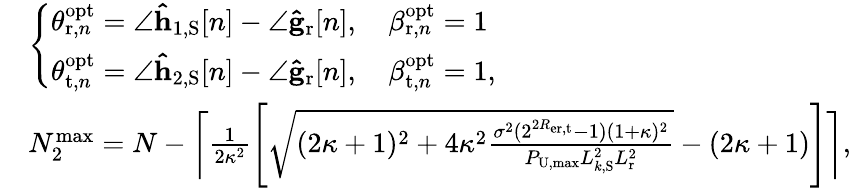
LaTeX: \begin{array}{rl}&{\left\{ \begin{array}{ll}{\theta_{\mathrm{r},n}^{\mathrm{opt}}=\angle\mathbf{\hat{h}}_{1,\mathrm{S}}[n]-\angle\mathbf{\hat{g}}_{\mathrm{r}}[n],\quad\beta_{\mathrm{r},n}^{\mathrm{opt}}=1}\\ {\theta_{\mathrm{t},n}^{\mathrm{opt}}=\angle\mathbf{\hat{h}}_{2,\mathrm{S}}[n]-\angle\mathbf{\hat{g}}_{\mathrm{r}}[n],\quad\beta_{\mathrm{t},n}^{\mathrm{opt}}=1,}\end{array}\right.}\\ &{N_{2}^{\mathrm{max}}=N-\left\lceil\frac{1}{2\kappa^{2}}\Bigg[\sqrt{(2\kappa+1)^{2}+4\kappa^{2}\frac{\sigma^{2}(2^{2R_{\mathrm{er},\mathrm{t}}}-1)(1+\kappa)^{2}}{P_{\mathrm{U},\mathrm{max}}L_{k,\mathrm{S}}^{2}L_{\mathrm{r}}^{2}}}-(2\kappa+1)\Bigg]\right\rceil,}\end{array}